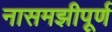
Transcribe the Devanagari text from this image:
नासमझीपूर्ण